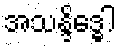
အသန္ဒိဒ္ဓေါ